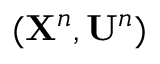
( \mathbf { X } ^ { n } , \mathbf { U } ^ { n } )